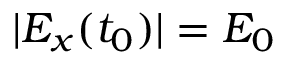
| E _ { x } ( t _ { 0 } ) | = E _ { 0 }